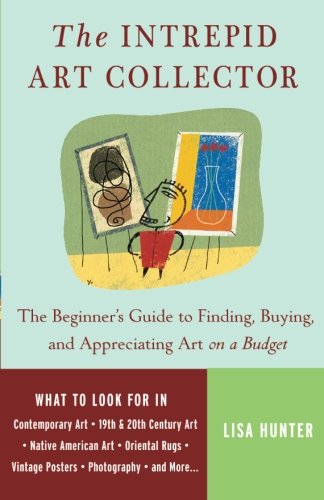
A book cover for The Intrepid Art Collector: The Beginner's Guide to Finding, Buying, and Appreciating Art on a Budget; Lisa Hunter; Crafts, Hobbies & Home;